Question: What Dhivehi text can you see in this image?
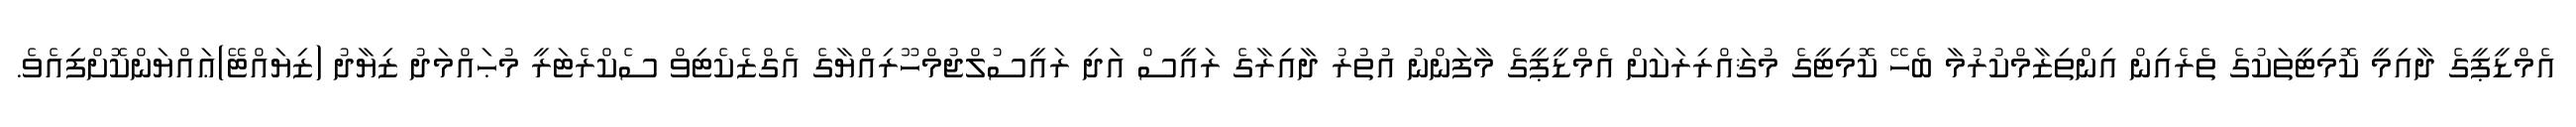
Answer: އެމްޑީޕީގެ ދާއިމީ ކޮމިޓީތަކުގެ ތެރެއިން އިންތިޒާމްކުރުމާ ބެހޭ ކޮމިޓީގެ މުޤައްރިރަކަށް އެމްޑީޕީގެ މާފަންނު އުތުރު ދާއިރާގެ ރައީސް އަދި ރައީސުލްޖުމްހޫރިއްޔާގެ އެގްޒެކެޓިވް ސެކްރެޓަރީ މުޙައްމަދު ޒިޔާދު (ޒިޔައްޓޭ)ޢައްޔަންކޮށްފިއެވެ.